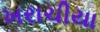
ખરાચીયા